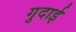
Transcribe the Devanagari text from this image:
गुदाई